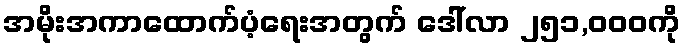
အမိုးအကာထောက်ပံ့ရေးအတွက် ဒေါ်လာ ၂၅၁,၀၀၀ကို